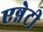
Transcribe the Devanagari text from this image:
एन्नेटी